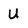
Character: U